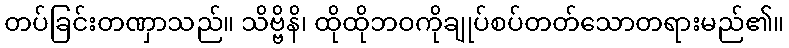
တပ်ခြင်းတဏှာသည်။ သိဗ္ဗိနိ၊ ထိုထိုဘဝကိုချုပ်စပ်တတ်သောတရားမည်၏။